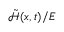
\tilde { \mathcal { H } } ( x , t ) / E